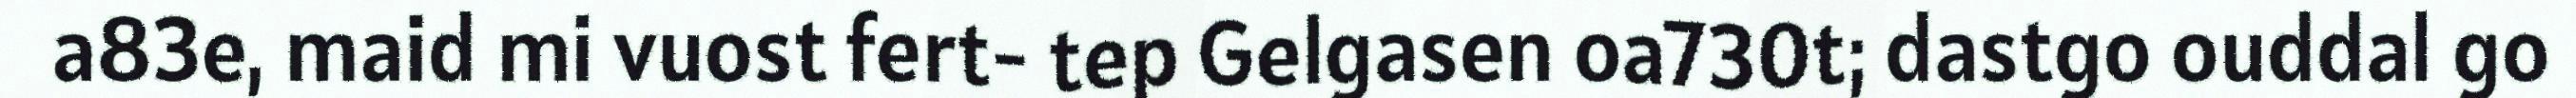
a83e, maid mi vuost fert- tep Gelgasen oa730t; dastgo ouddal go